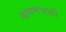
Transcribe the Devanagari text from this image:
श्रवणभक्ती